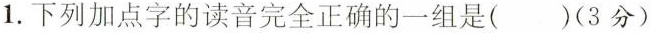
1.下列加点字的读音完全正确的一组是()(3分)